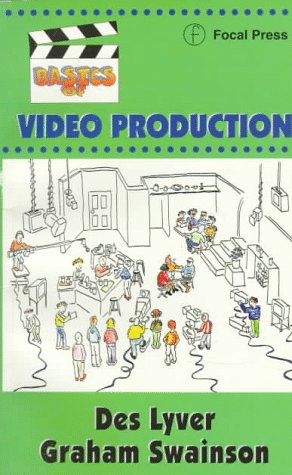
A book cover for Basics of Video Production; Des Lyver; Humor & Entertainment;